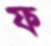
ফ